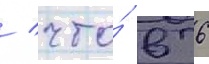
/ что́ в 6